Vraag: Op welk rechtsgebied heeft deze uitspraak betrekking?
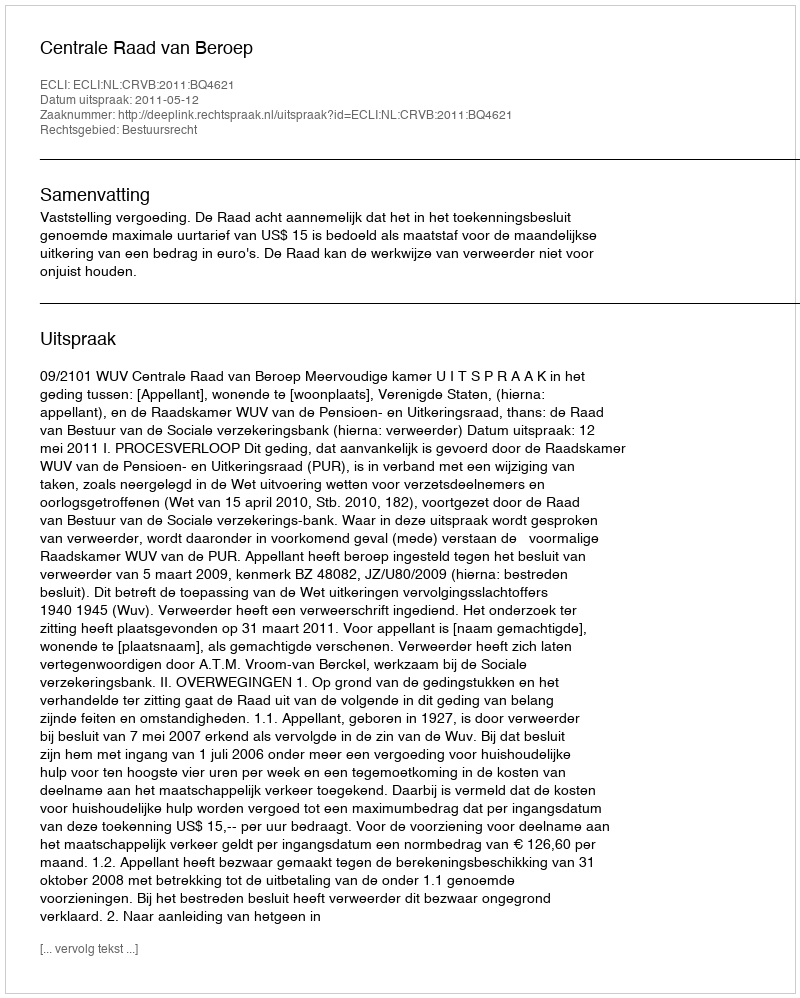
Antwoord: Bestuursrecht